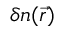
\delta n ( \vec { r } )